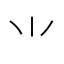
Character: ⺌